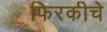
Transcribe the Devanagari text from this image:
फिरकीचे